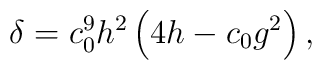
\delta = c_0^9 h^2 \left(4h - c_0g^2\right) ,